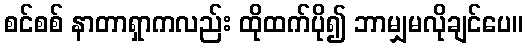
စင်စစ် နာတာရှာကလည်း ထိုထက်ပို၍ ဘာမျှမလိုချင်ပေ။